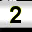
Digit: 2